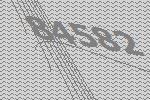
84582